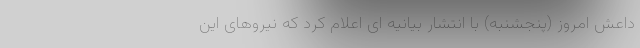
داعش امروز (پنجشنبه) با انتشار بیانیه ای اعلام کرد که نیروهای این